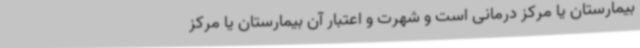
بیمارستان یا مرکز درمانی است و شهرت و اعتبار آن بیمارستان یا مرکز